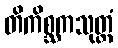
တိကိစ္ဆကသုတ္တံ